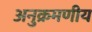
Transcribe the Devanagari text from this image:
अनुक्रमणीय